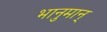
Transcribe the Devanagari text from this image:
भानुमान्